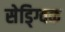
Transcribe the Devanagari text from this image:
सेड्ग्विक